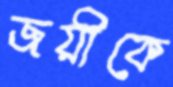
জয়ীকে